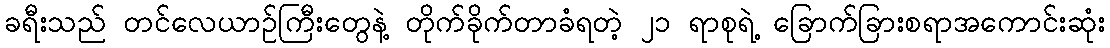
ခရီးသည် တင်လေယာဉ်ကြီးတွေနဲ့ တိုက်ခိုက်တာခံရတဲ့ ၂၁ ရာစုရဲ့ ခြောက်ခြားစရာအကောင်းဆုံး